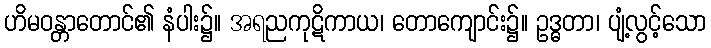
ဟိမဝန္တာတောင်၏ နံပါး၌။ အရညကုဋိကာယ၊ တောကျောင်း၌။ ဥဒ္ဓတာ၊ ပျံ့လွင့်သော